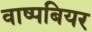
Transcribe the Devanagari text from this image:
वाष्पबियर